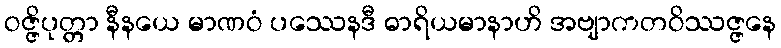
ဝဇ္ဇိပုတ္တာ နီနယေ မာဏဝံ ပဿေနဒီ ဓာရိယမာနာဟိ အဗျာကတဝိဿဇ္ဇနေ